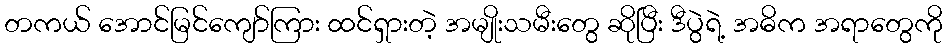
တကယ် အောင်မြင်ကျော်ကြား ထင်ရှားတဲ့ အမျိုးသမီးတွေ ဆိုပြီး ဒီပွဲရဲ့ အဓိက အရာတွေကို